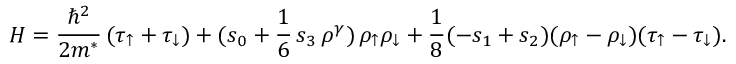
{ \cal H } = \frac { \hbar ^ { 2 } } { 2 m ^ { * } } \, ( \tau _ { \uparrow } + \tau _ { \downarrow } ) + ( s _ { 0 } + \frac { 1 } { 6 } \, s _ { 3 } \, \rho ^ { \gamma } ) \, \rho _ { \uparrow } \rho _ { \downarrow } + \frac { 1 } { 8 } ( - s _ { 1 } + s _ { 2 } ) ( \rho _ { \uparrow } - \rho _ { \downarrow } ) ( \tau _ { \uparrow } - \tau _ { \downarrow } ) .